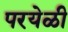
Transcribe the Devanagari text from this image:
परयेळी